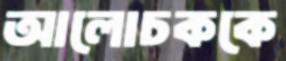
আলোচককে